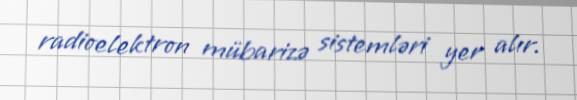
radioelektron mübarizə sistemləri yer alır.